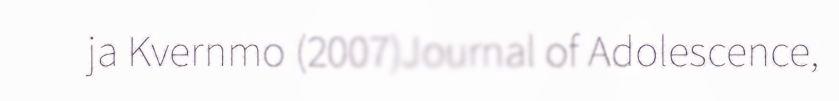
ja Kvernmo (2007)Journal of Adolescence,